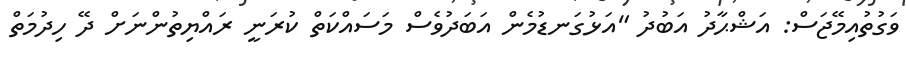
ވަގުތުއިމޭޖަސް: އަޝްޙާދު އަބުދު "އަޅުގަނޑުމެން އަބަދުވެސް މަސައްކަތް ކުރަނީ ރައްޔިތުންނަށް ދޭ ހިދުމަތް